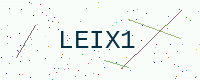
Text: LEIX1